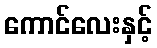
ကောင်လေးနှင့်